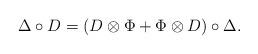
LaTeX: \begin{align*} \Delta\circ D=(D \otimes \Phi +\Phi \otimes D) \circ \Delta. \end{align*}